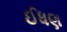
ઈધણ